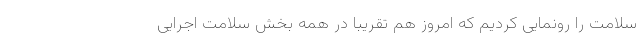
سلامت را رونمایی کردیم که امروز هم تقریبا در همه بخش سلامت اجرایی